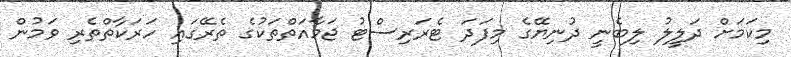
މިކަމަށް ދަލީލު ލިބެނީ ދުނިޔޭގެ މިފަދަ ޓެރަރިސްޓު ޖަމާއަތްތަކުގެ ތެރޭގައި ހަރަކާތްތެރި ވަމުން